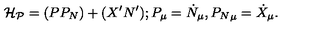
{ \cal H _ { P } } = ( P P _ { N } ) + ( X ^ { \prime } N ^ { \prime } ) ; P _ { \mu } = \dot { N } _ { \mu } , { P _ { N } } _ { \mu } = \dot { X } _ { \mu } .